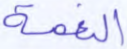
النعمة